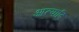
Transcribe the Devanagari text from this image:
आत्यादि